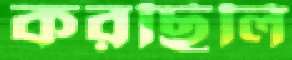
করছিলি